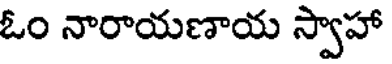
ఓం నారాయణాయ స్వాహా